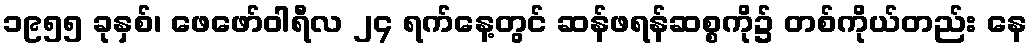
၁၉၅၅ ခုနှစ်၊ ဖေဖော်ဝါရီလ ၂၄ ရက်နေ့တွင် ဆန်ဖရန်ဆစ္စကို၌ တစ်ကိုယ်တည်း နေ